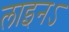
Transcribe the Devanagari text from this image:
लाइनऽ